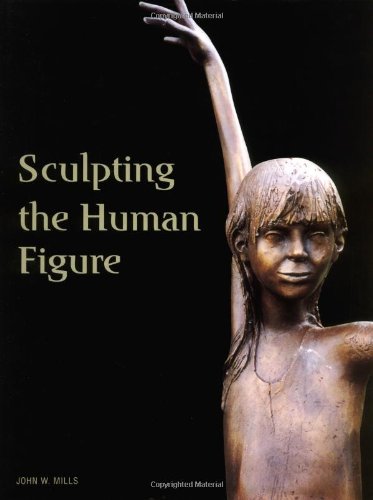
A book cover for Sculpting the Human Figure; John W. Mills; Arts & Photography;